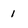
Character: 1